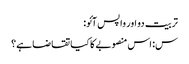
تربیت دو اور واپس آئو:
س: اس منصوبے کا کیا تقاضا ہے؟